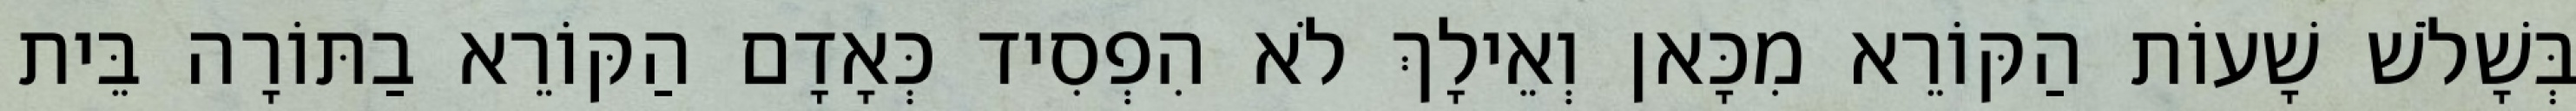
בְּשָׁלֹשׁ שָׁעוֹת הַקּוֹרֵא מִכָּאן וְאֵילָךְ לֹא הִפְסִיד כְּאָדָם הַקּוֹרֵא בַתּוֹרָה בֵּית